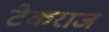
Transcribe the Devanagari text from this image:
टेकराज